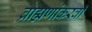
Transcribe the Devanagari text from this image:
ब्राह्मणांकरवी